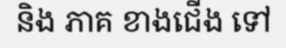
និង ភាគ ខាងជើង ទៅ